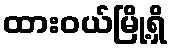
ထားဝယ်မြို့ရှိ